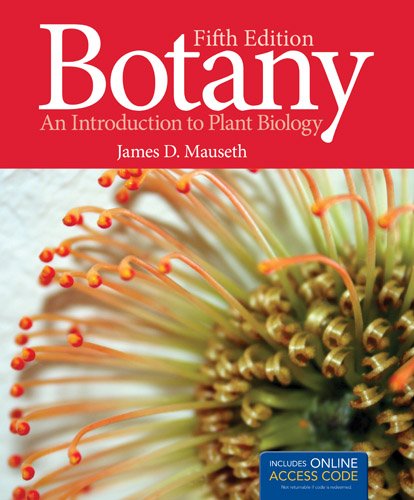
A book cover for Botany: An Introduction to Plant Biology; James D. Mauseth; Science & Math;